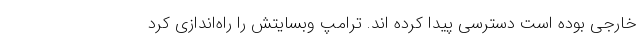
خارجی بوده است دسترسی پیدا کرده اند. ترامپ وبسایتش را راه‌اندازی کرد